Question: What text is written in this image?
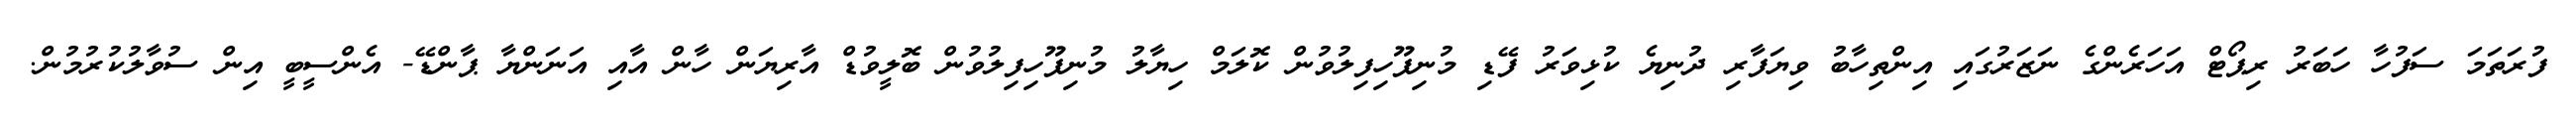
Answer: ފުރަތަމަ ސަފުހާ ހަބަރު ރިޕޯޓް އަހަރެންގެ ނަޒަރުގައި އިންތިހާބު ވިޔަފާރި ދުނިޔެ ކުޅިވަރު ފޭޑި މުނިފޫހިފިލުވުން ކޮލަމް ހިޔާލު މުނިފޫހިފިލުވުން ބޮލީވުޑް އާރިޔަން ހާން އާއި އަނަންޔާ ޕާންޑޭ- އެންސީބީ އިން ސުވާލުކުރުމުން.